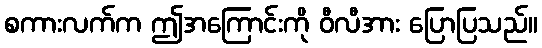
စကားလက်က ဤအကြောင်းကို ဝီလီအား ပြောပြသည်။